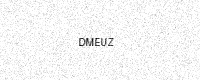
Text: DMEUZ